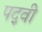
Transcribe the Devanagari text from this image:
पद्‍वी